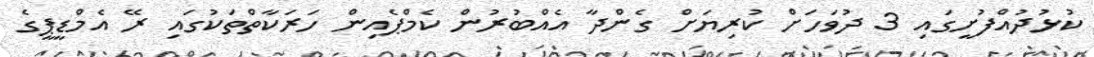
ކުޅުދުއްފުށީގައި 3 ދުވަހަށް ކުރިޔަށް ގެންދާ އެއްބުރުން ކެމްޕެއިން ހަރަކާތްތަކުގައި ރޭ އެމްޑީޕީގެ